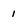
Character: 1